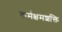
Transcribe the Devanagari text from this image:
कर्मक्षमशक्ति